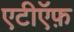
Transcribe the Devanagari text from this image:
एटीऍफ़